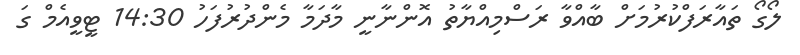
ލޯގޯ ތައާރަފްކުރުމަށް ބާއްވާ ރަސްމިއްޔާތު އޮންނާނީ މާދަމާ މެންދުރުފަހު 14:30 ޓީވީއެމް ގަ